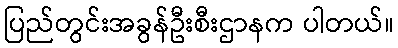
ပြည်တွင်းအခွန်ဦးစီးဌာနက ပါတယ်။